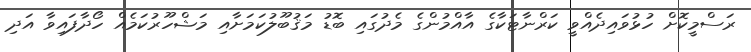
ރަސްމީކޮށް ހުޅުވައިދެއްވީ ކަރްނާޓަކާގެ އާއްމުންގެ މެދުގައި ބޮޑު މަޤުބޫލުކަމަށާއި މަޝްހޫރުކަމެއް ހޯދާފައިވާ އަދި